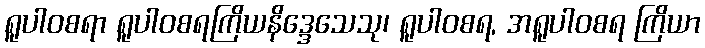
ရူပါဝစရာ ရူပါဝစရကြိယနိဒ္ဒေသေသု၊ ရူပါဝစရ, အရူပါဝစရ ကြိယာ